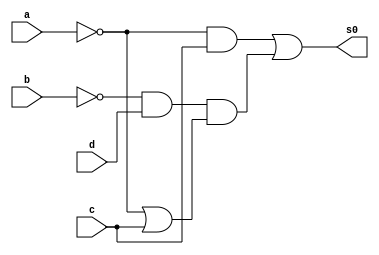
//------------------------------------------------------
//--- Avaliao 01 - Nome: Jorge Luis dos Santos Leal
//--- Matricula; 417466
//------------------------------------------------------
/*
	  0000 0001 0010 0011 0100 0101 0110 0111 1000 1001 1010 1011 1100 1101 1110 1111
S0 =   0	  1    1    1     0	  0    1    1    0    0    0    1    0    0    0    0	
S1 =	 1	  0    0    0     0	  1    0    0    0    0    1    0    0    0    0    1	
s2 =	 0	  0    0    0     1	  0    0    0    1    1    0    1    1    1    1    0		

  ---i) Montar a equao mais simplificada do sinal S0 pelas propriedades da algebra:
  ---- (~ac)+((~bd)(~a+c))

*/
 module saidaS0Algebra(s0,a,b,c,d);
	input a,b,c,d;
	output s0;

   assign s0 = (~a&c)|((~b&d)&(~a|c));
 
   endmodule//saida s0

  module Teste;

	reg a,b,c,d;
	wire s0;

	saidaS0Algebra saida (s0,a,b,c,d);

	initial begin
	a=0; b=0; c=0; d=0;
	end

	initial begin

	#1 $display(" Jorge Luis dos Santos Leal ");
	#1 $display("letra i)");
	#1 $display(" a | b | c | d | s1 ");
	$monitor(" %b | %b | %b | %b |  %b ", a,b,c,d,s0);
		   
    #1  a=0; b=0; c=0; d=1;
    #1  a=0; b=0; c=1; d=0; 
    #1  a=0; b=0; c=1; d=1; 
    #1  a=0; b=1; c=0; d=0; 
    #1  a=0; b=1; c=0; d=1; 
    #1  a=0; b=1; c=1; d=0; 
    #1  a=0; b=1; c=1; d=1; 
    #1  a=1; b=0; c=0; d=0; 
    #1  a=1; b=0; c=0; d=1;
    #1  a=1; b=0; c=1; d=0;
    #1  a=1; b=0; c=1; d=1;
    #1  a=1; b=1; c=0; d=0;
    #1  a=1; b=1; c=0; d=1;
    #1  a=1; b=1; c=1; d=0;
    #1  a=1; b=1; c=1; d=1; 

	end	
   endmodule//teste